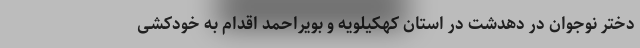
دختر نوجوان در دهدشت در استان کهکیلویه و بویراحمد اقدام به خودکشی